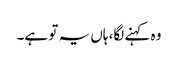
وہ کہنے لگا، ہاں یہ تو ہے۔